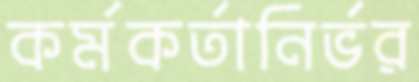
কর্মকর্তানির্ভর